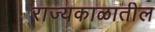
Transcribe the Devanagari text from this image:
राज्यकाळातील